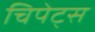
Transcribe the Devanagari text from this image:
चिपेट्स